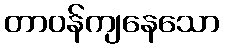
တာဝန်ကျနေသော